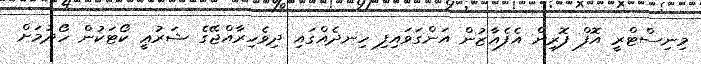
މިނިސްޓްރީ އޮފް ފޮރިން އެފެއާޒުން އަންގަވައިފި ހިނދެއްގައި ދިވެހިރާއްޖޭގެ ޝަރުޢީ ކޯޓަކުން ހޯދުމަށް